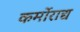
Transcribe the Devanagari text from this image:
कर्मोराद्य